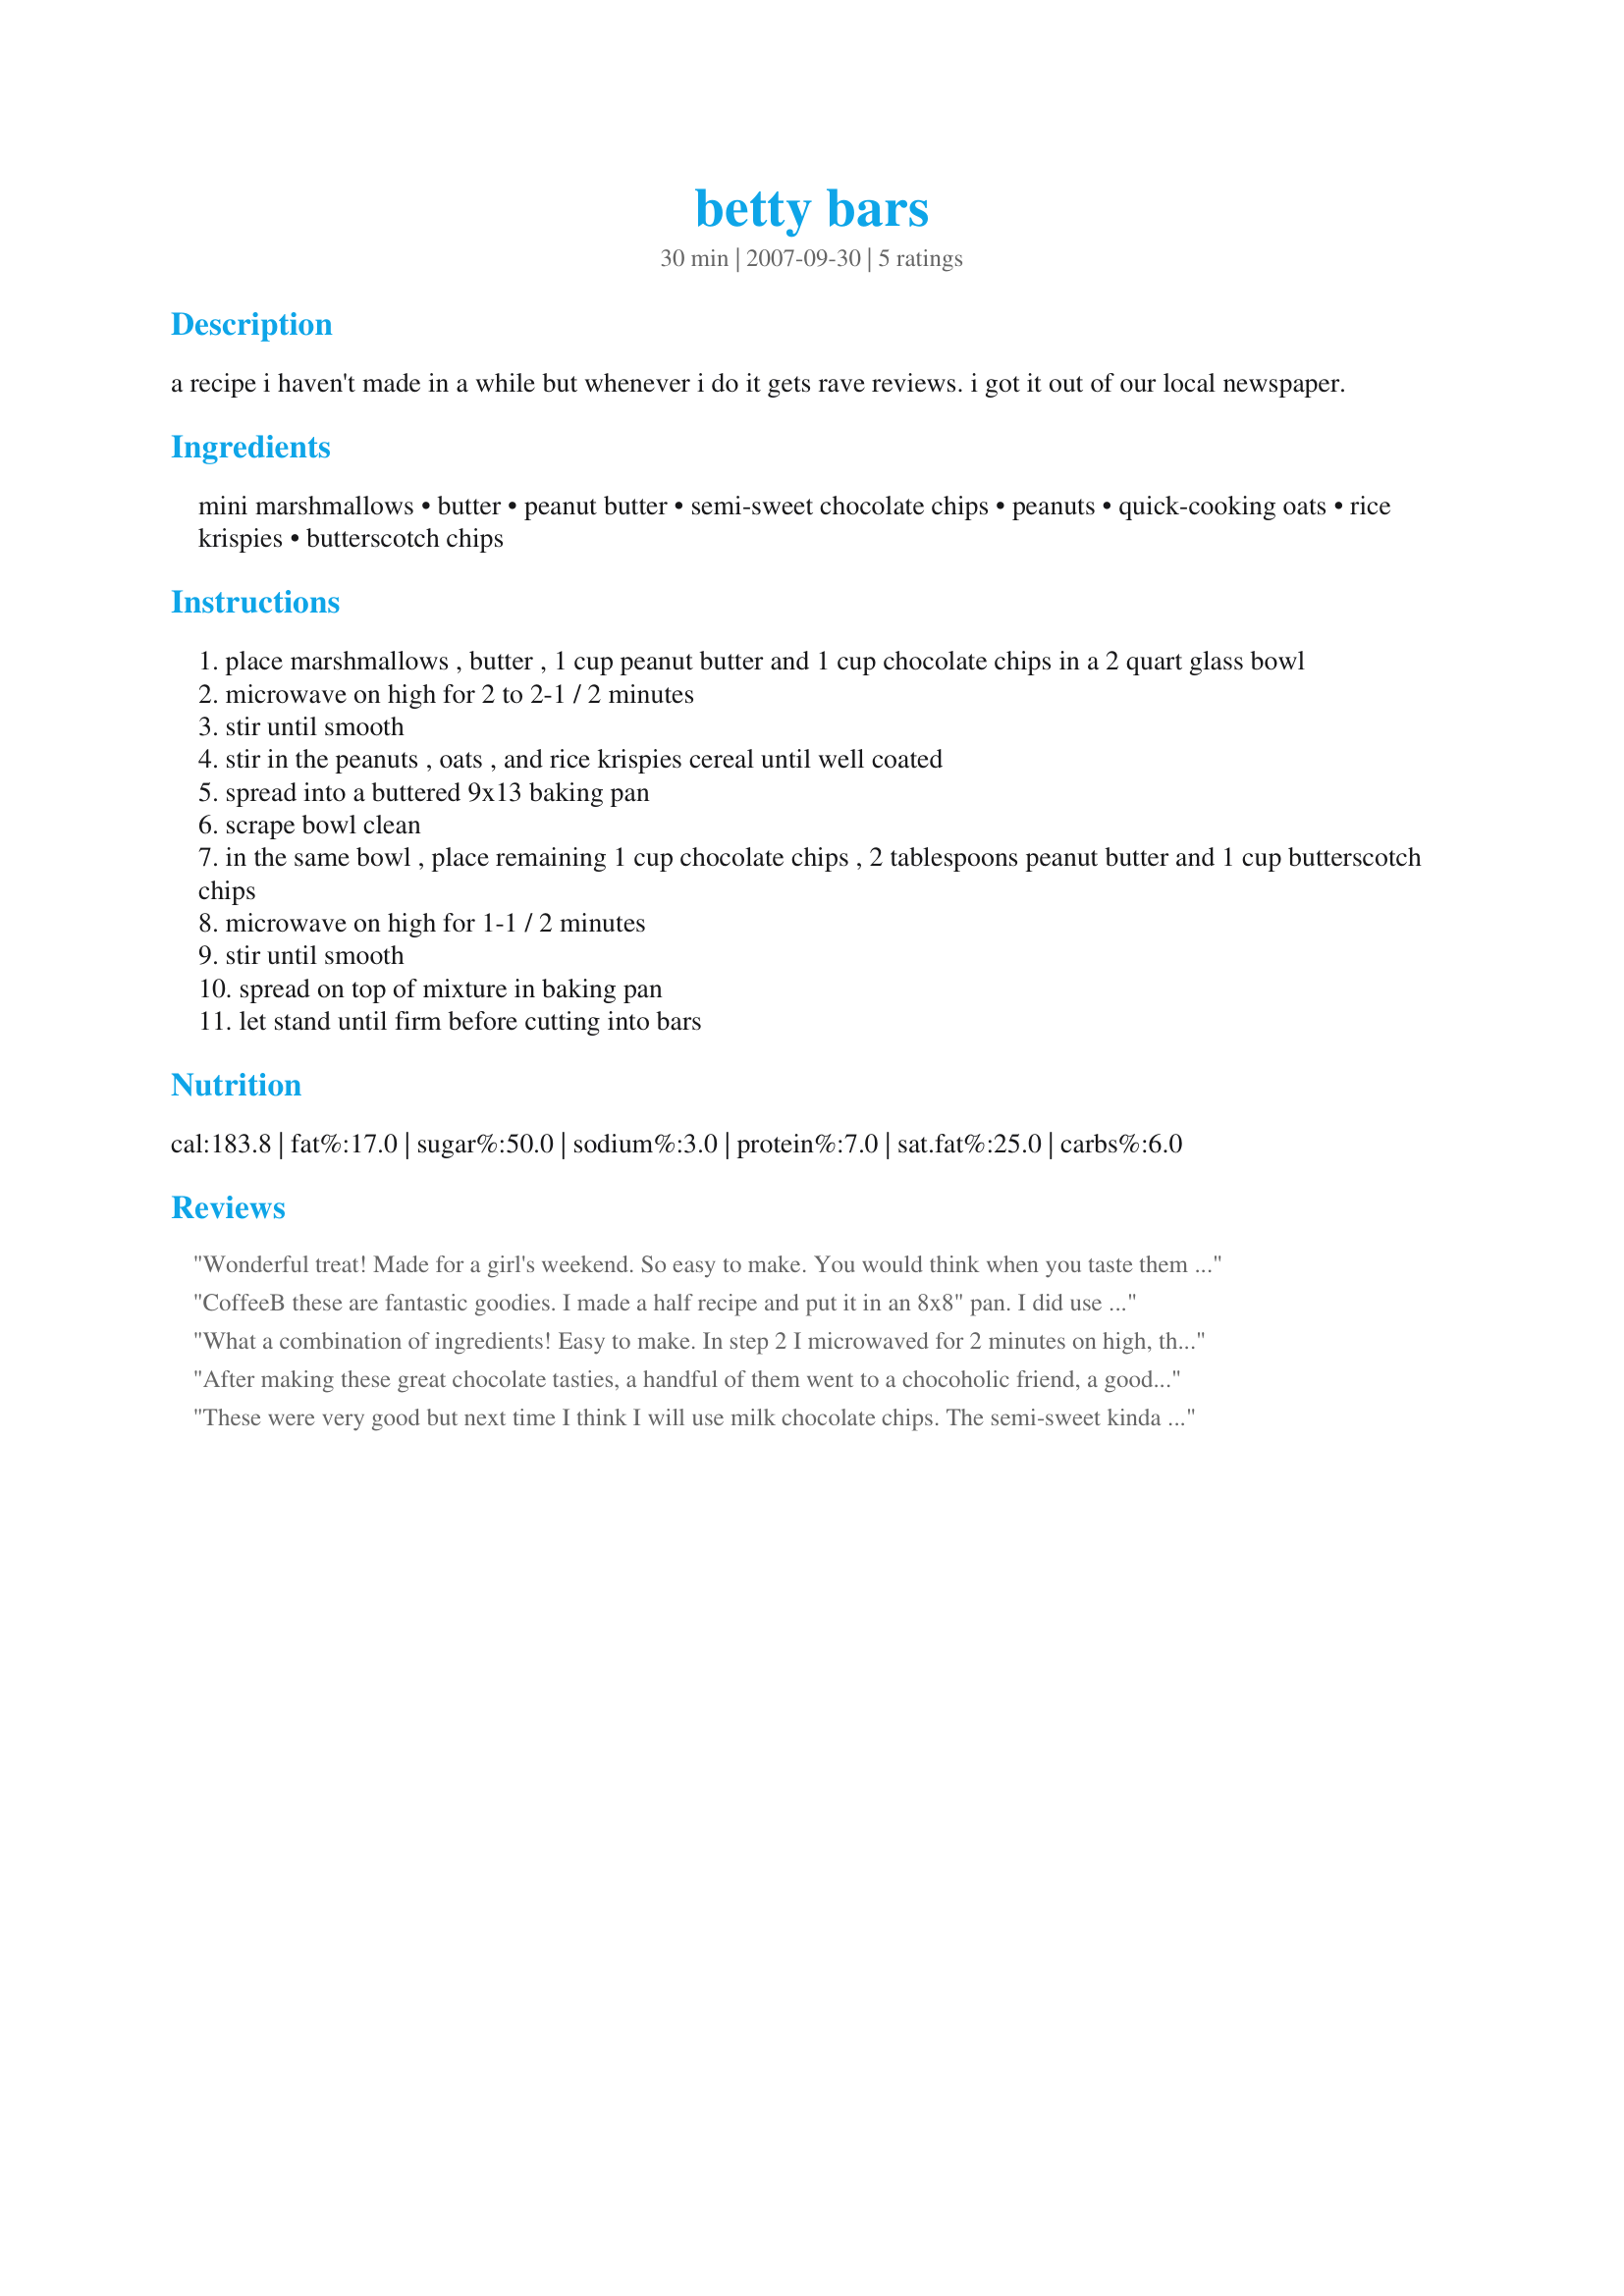
betty bars
Preparation time: 30 minutes

a recipe i haven't made in a while but whenever i do it gets rave reviews. i got it out of our local newspaper.

Ingredients:
mini marshmallows, butter, peanut butter, semi-sweet chocolate chips, peanuts, quick-cooking oats, rice krispies, butterscotch chips

Steps:
place marshmallows , butter , 1 cup peanut butter and 1 cup chocolate chips in a 2 quart glass bowl
microwave on high for 2 to 2-1 / 2 minutes
stir until smooth
stir in the peanuts , oats , and rice krispies cereal until well coated
spread into a buttered 9x13 baking pan
scrape bowl clean
in the same bowl , place remaining 1 cup chocolate chips , 2 tablespoons peanut butter and 1 cup butterscotch chips
microwave on high for 1-1 / 2 minutes
stir until smooth
spread on top of mixture in baking pan
let stand until firm before cutting into bars

Reviews:
Wonderful treat! Made for a girl's weekend. So easy to make. You would think when you taste them that it took awhile to make but I think it only took about 10 minutes total. Can't wait to make these again.
CoffeeB these are fantastic goodies. I made a half recipe and put it in an 8x8" pan. I did use the advice of the other reviewer and chopped the peanuts a bit before mixing them in. Very easy to make and basically is a recipe that would be difficult to mess up. Thanks for sharing this delightful recipe in the tag game forum.
What a combination of ingredients! Easy to make. In step 2 I microwaved for 2 minutes on high, then step 8 it took the full 1 1/2 minutes. I will be making this again but I would chop or grind the peanuts because when cutting the bars they seemed to crumble because of the large pieces of peanuts.
After making these great chocolate tasties, a handful of them went to a chocoholic friend, a good number were shared at one of the monthly meetings we attend, & the rest were just for the 2 of us for a wonderful chocolate hit. I followed the recipe right on down this first time around, & although I absolutely loved 'em, I see the possibilities for making a variety of bars, subbing peanut butter or even white chocolate chips for the butterscotch or, as another reviewer suggested, milk chocolate instead of semi-sweet! However it's done, though, this recipe is a definite keeper, & I thank you for sharing it! [Tagged & reviewed in Please Review My Recipe]
These were very good but next time I think I will use milk chocolate chips. The semi-sweet kinda overpowered the rest of the flavors in the bar. I did leave out the peanuts since we don't care for them. Made for 123 HITS
